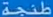
منحة